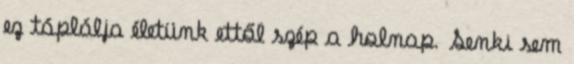
ez táplálja életünk ettől szép a holnap. Senki sem